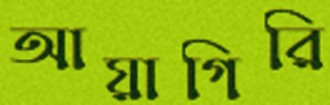
আয়াগিরি